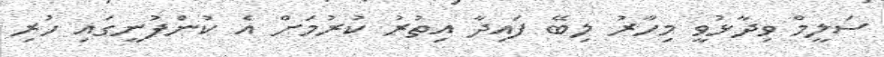
ސަލީމް ވިދާޅުވީ މިހާރު ލިބޭ ފައިދާ އިތުރު ކުރުމަށް އެ ކުންފުނީގައި ހުރި